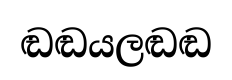
ඬඬයලඬඬ